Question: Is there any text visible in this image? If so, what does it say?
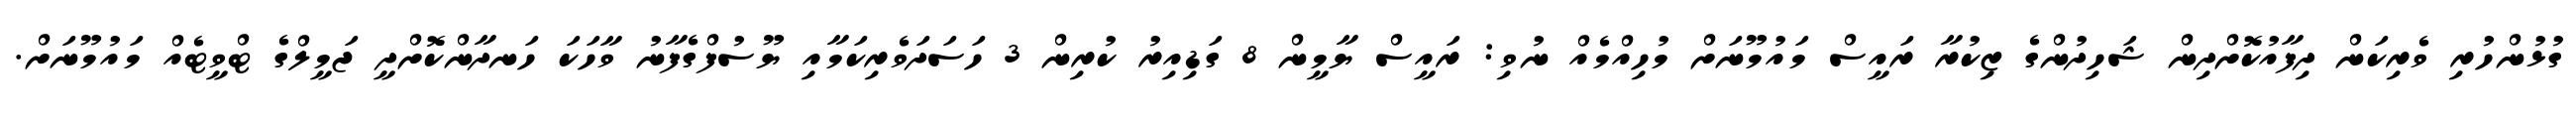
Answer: ގުޅުންހުރި ވެރިކަން ދިފާއުކޮށްދިން ޝަހިދުންގެ ޒިކުރާ ރައީސް މައުމޫނަށް މުހިއްމެއް ނުވި: ރައީސް ޔާމީން 8 ގަޑިއިރު ކުރިން 3 ހަސަދަވެރިކަމާއި ޔޫސުފްގެފާނު ވާހަކަ ހަނދާންކޮށްދީ ޖަމީލްގެ ޓްވީޓެއް މައުމޫނަށް.